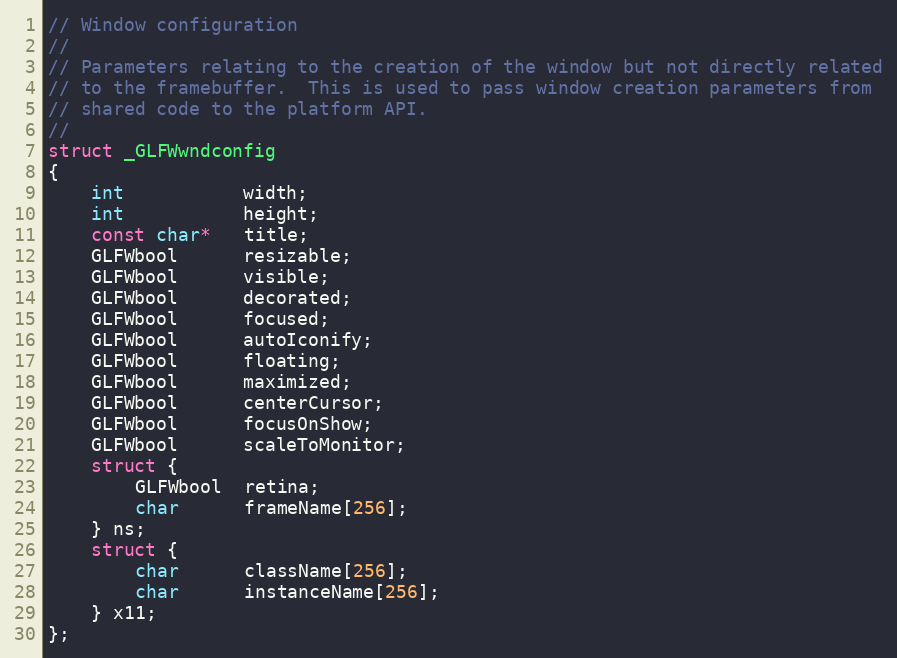
Language: C
// Window configuration
//
// Parameters relating to the creation of the window but not directly related
// to the framebuffer.  This is used to pass window creation parameters from
// shared code to the platform API.
//
struct _GLFWwndconfig
{
    int           width;
    int           height;
    const char*   title;
    GLFWbool      resizable;
    GLFWbool      visible;
    GLFWbool      decorated;
    GLFWbool      focused;
    GLFWbool      autoIconify;
    GLFWbool      floating;
    GLFWbool      maximized;
    GLFWbool      centerCursor;
    GLFWbool      focusOnShow;
    GLFWbool      scaleToMonitor;
    struct {
        GLFWbool  retina;
        char      frameName[256];
    } ns;
    struct {
        char      className[256];
        char      instanceName[256];
    } x11;
};